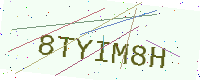
Text: 8TYIM8H